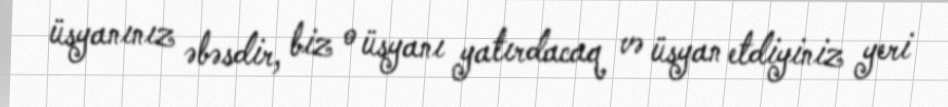
üsyanınız əbəsdir, biz o üsyanı yatırdacaq və üsyan etdiyiniz yeri